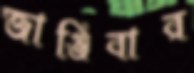
জাঞ্জিবার